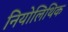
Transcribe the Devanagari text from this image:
नियोलिथिक